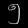
Digit: ၅